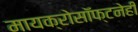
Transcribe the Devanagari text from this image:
मायक्रोसॉफ्टनेही